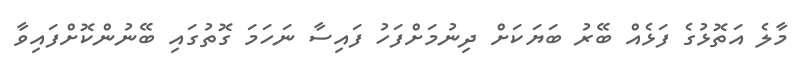
މާލެ އަތޮޅުގެ ފަޅެއް ބޭރު ބަޔަކަށް ދިނުމަށްފަހު ފައިސާ ނަހަމަ ގޮތުގައި ބޭނުންކޮށްފައިވާ